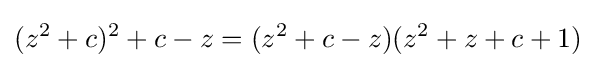
(z^{2}+c)^{2}+c-z=(z^{2}+c-z)(z^{2}+z+c+1)